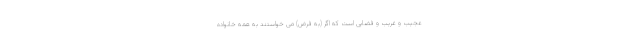
عجیب و غریب و فضایی است که اگر (به فرض) می خواستند به همه خانواده